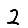
Digit: 2